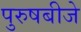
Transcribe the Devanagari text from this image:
पुरुषबीजे